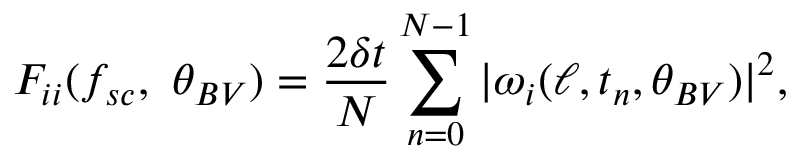
F _ { i i } ( f _ { s c } , ~ \theta _ { B V } ) = \frac { 2 \delta t } { N } \sum _ { n = 0 } ^ { N - 1 } | \omega _ { i } ( \ell , t _ { n } , \theta _ { B V } ) | ^ { 2 } ,